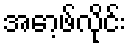
အော့ဖ်လိုင်း